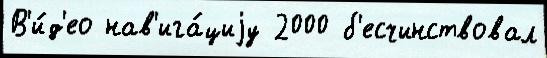
В'и́д'ео нав'ига́циjу 2000 б'есчинствовал